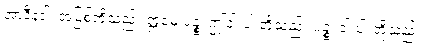
အာဒီနဝါ၊ အပြစ်တို့သည်။ ဣမေ ပဉ္စ၊ ဤငါးပါးတို့သည်။ ပဉ္စ၊ ငါးပါးတို့သည်။